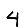
Digit: 4